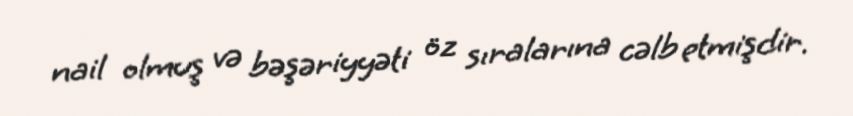
nail olmuş və bəşəriyyəti öz sıralarına cəlb etmişdir.